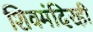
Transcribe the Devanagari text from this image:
शिवमंदिरही